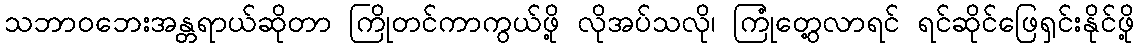
သဘာဝဘေးအန္တရာယ်ဆိုတာ ကြိုတင်ကာကွယ်ဖို့ လိုအပ်သလို၊ ကြုံတွေ့လာရင် ရင်ဆိုင်ဖြေရှင်းနိုင်ဖို့